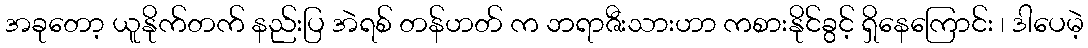
အခုတော့ ယူနိုက်တက် နည်းပြ အဲရစ် တန်ဟတ် က ဘရာဇီးသားဟာ ကစားနိုင်ခွင့် ရှိနေကြောင်း ၊ ဒါပေမဲ့